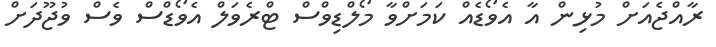
ރާއްޖެއަށް މުޅިން އާ އެވޯޑެއް ކަމަށްވާ މޯލްޑިވްސް ޓްރެވަލް އެވޯޑްސް ވެސް ވުޖޫދަށް